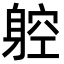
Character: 躻